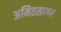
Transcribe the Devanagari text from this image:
अमितसागर